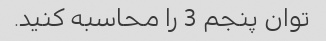
توان پنجم 3 را محاسبه کنید.